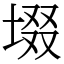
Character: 㙍